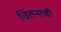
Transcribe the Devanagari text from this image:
चिंतनाची